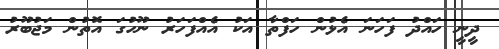
ދީނީ ހައްދު ފަހަނަ އެޅުން ހަފްތާ އަކު އެއްފަހަރު ނޫހުގަ އޮތުން މަޖުބޫރު